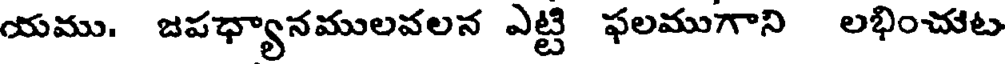
యము. జపధ్యానములవలన ఎట్టి ఫలముగాని లభించుట